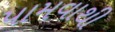
પામવાથી